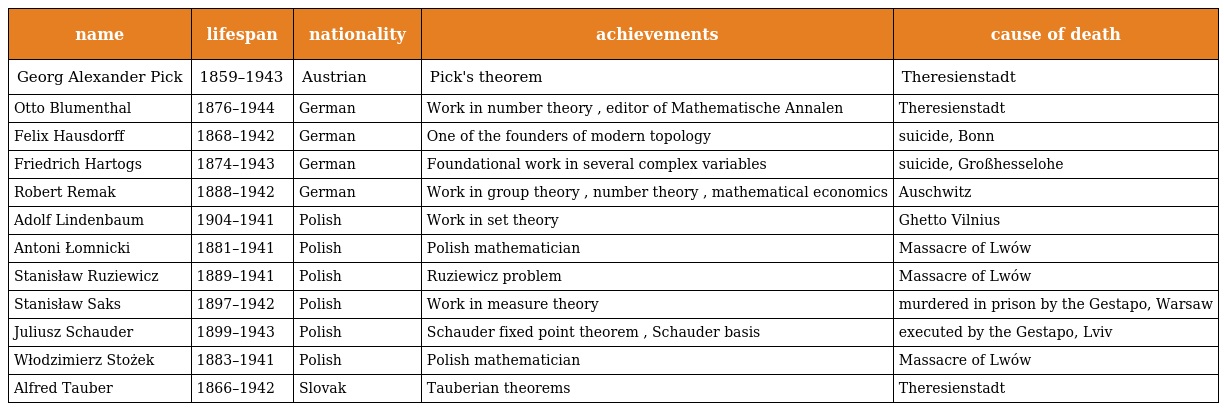
| name | lifespan | nationality | achievements | cause of death |
 | --- | --- | --- | --- | --- |
 | Georg Alexander Pick | 1859–1943 | Austrian | Pick's theorem | Theresienstadt |
 | Otto Blumenthal | 1876–1944 | German | Work in number theory , editor of Mathematische Annalen | Theresienstadt |
 | Felix Hausdorff | 1868–1942 | German | One of the founders of modern topology | suicide, Bonn |
 | Friedrich Hartogs | 1874–1943 | German | Foundational work in several complex variables | suicide, Großhesselohe |
 | Robert Remak | 1888–1942 | German | Work in group theory , number theory , mathematical economics | Auschwitz |
 | Adolf Lindenbaum | 1904–1941 | Polish | Work in set theory | Ghetto Vilnius |
 | Antoni Łomnicki | 1881–1941 | Polish | Polish mathematician | Massacre of Lwów |
 | Stanisław Ruziewicz | 1889–1941 | Polish | Ruziewicz problem | Massacre of Lwów |
 | Stanisław Saks | 1897–1942 | Polish | Work in measure theory | murdered in prison by the Gestapo, Warsaw |
 | Juliusz Schauder | 1899–1943 | Polish | Schauder fixed point theorem , Schauder basis | executed by the Gestapo, Lviv |
 | Włodzimierz Stożek | 1883–1941 | Polish | Polish mathematician | Massacre of Lwów |
 | Alfred Tauber | 1866–1942 | Slovak | Tauberian theorems | Theresienstadt |